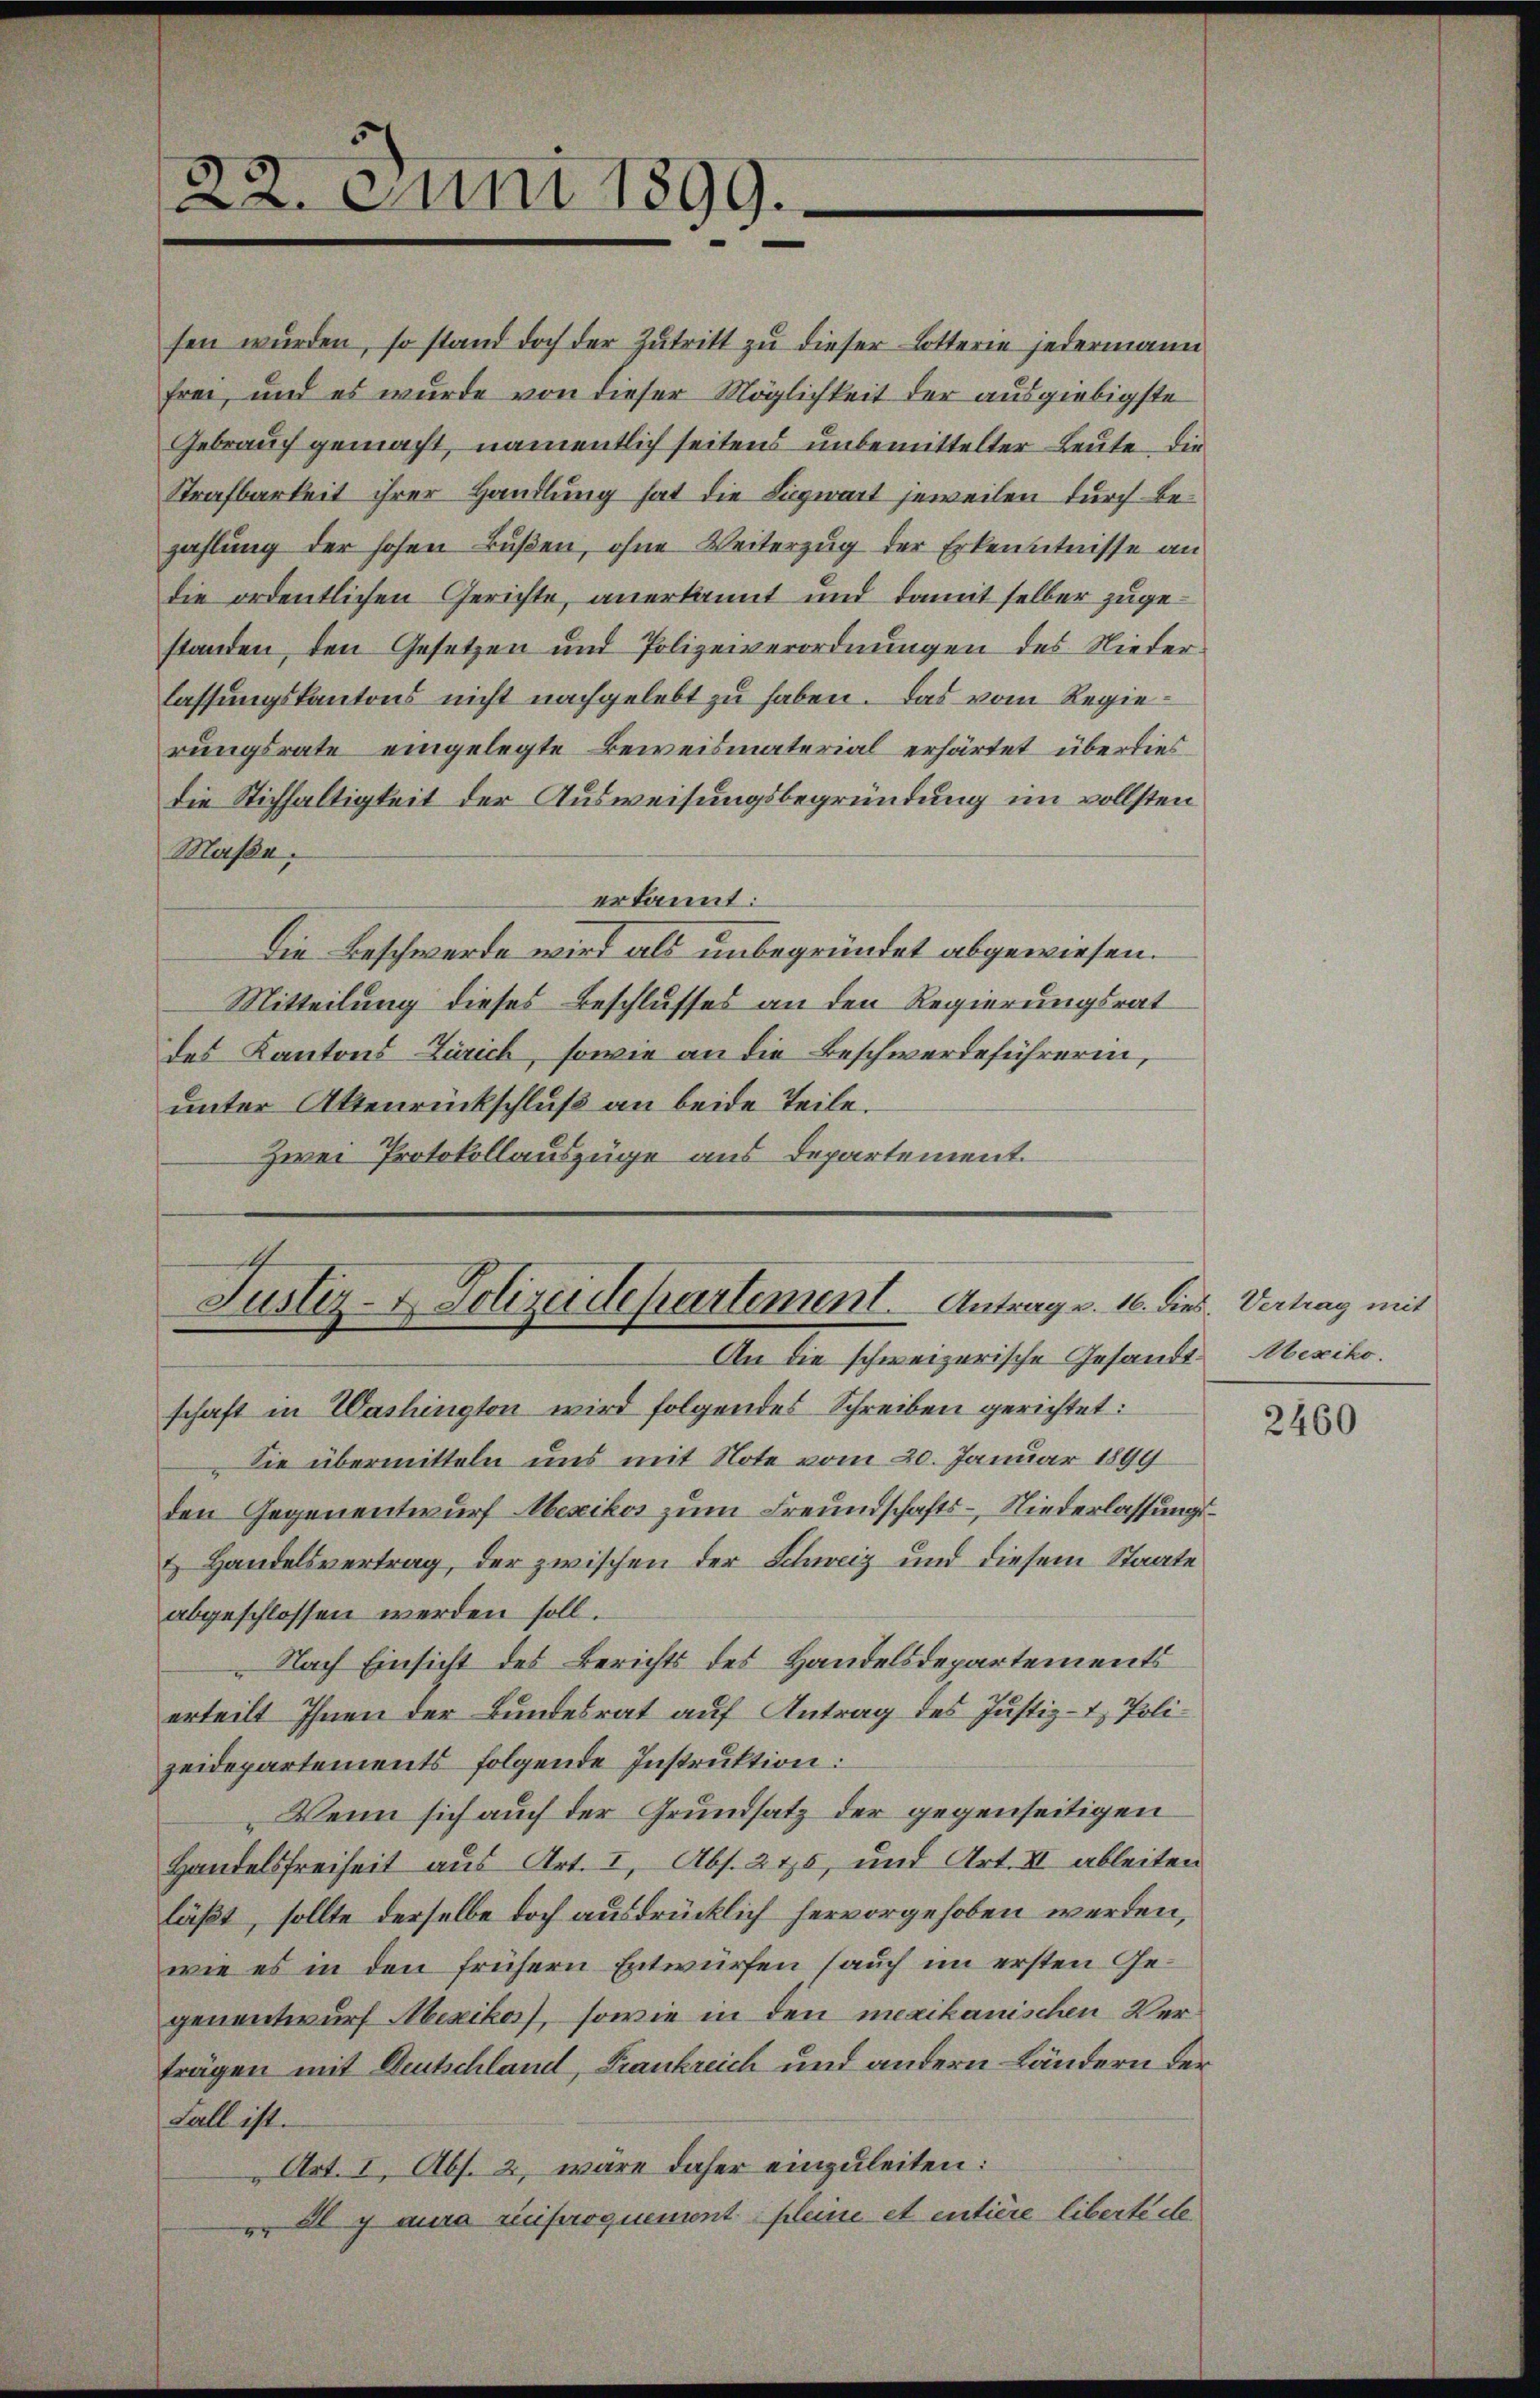
22. Juni 1899.

sen wurden, so stand doch der Zutritt zu dieser Lotterie jedermann
frei, und es wurde von dieser Möglichkeit der ausgiebigste
Gebrauch gemacht, namentlich seitens unbemittelter Leute, die
Strafbarkeit ihrer Handlung hat die Liegwart jeweilen durch Bezahlung der hohen Bußen, ohne Weiterzug der Erkenntnisse an
die ordentlichen Gerichte, anerkannt und damit selber zugestanden, den Gesetzen und Polizeiverordnungen des Niederlassungskantons nicht nachgelebt zu haben. Das vom Regierungsrate eingelegte Beweismaterial erhärtet überdies
die Stichhaltigkeit der Ausweisungsbegründung im vollsten
Maße,
erkannt:
Die Beschwerde wird als unbegründet abgewiesen.
Mitteilung dieses Beschlusses an den Regierungsrat
des Kantons-Zürich, sowie an die Beschwerdeführerin,
unter Aktenrückschluß an beide Teile.
Zwei Protokollauszüge aus Departement.

Justiz- & Polizeidepartement. Antrag v. 16. dies Vertrag mit
An die schweizerische Gesandt. Abexikoschaft in Washington wird folgendes Schreiben gerichtet:

Die übermitteln uns mit Note vom 20. Januar 1899
den Gegenentwurf Mexikos zum Freundschafts-, Niederlassungs¬
Handelsvertrag, der zwischen der Schweiz und diesem Staate
abgeschlossen werden soll.
Nach Einsicht des Berichts des Handelsdepartements
erteilt Ihnen der Bundesrat auf Antrag des Justiz- & Polizeidepartements folgende Instruktion:
Wenn sich auch der Grundsatz der gegenseitigen
Handelsfreiheit aus Art. I, Abs. 245, und Art. II ableiten
läßt, sollte derselbe doch ausdrücklich hervorgehoben werden,
wie es in den frühern Entwürfen (auch im ersten Gegenentwurf Mexikas, sowie in den mexikanischen Verträgen mit Deutschland, Frankreich und andern Ländern der
Fall ist.
Art. I, Abs. 2, wäre daher einzuleiten:
v. Il y aura riproquement pleine et entière liberte de

2460